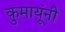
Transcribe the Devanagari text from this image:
कुमायूंनी